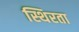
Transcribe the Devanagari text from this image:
स्थिरता